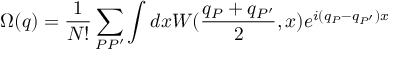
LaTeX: \Omega ( q ) = \frac 1 { N ! } \sum _ { P P ^ { \prime } } \int d x W ( \frac { q _ { P } + q _ { P ^ { \prime } } } 2 , x ) e ^ { i ( q _ { P } - q _ { P ^ { \prime } } ) x }